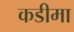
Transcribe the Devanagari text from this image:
कडीमा